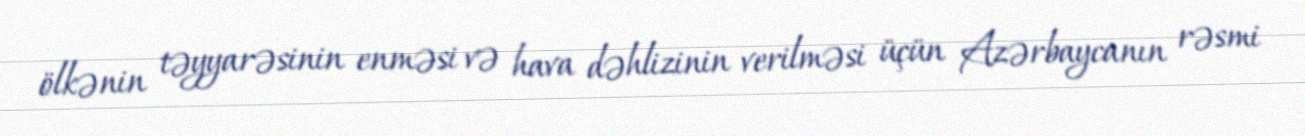
ölkənin təyyarəsinin enməsi və hava dəhlizinin verilməsi üçün Azərbaycanın rəsmi